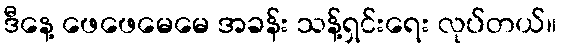
ဒီနေ့ ဖေဖေမေမေ အခန်း သန့်ရှင်းရေး လုပ်တယ်။